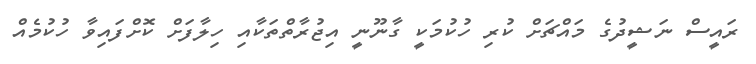
ރައީސް ނަޝީދުގެ މައްޗަށް ކުރި ހުކުމަކީ ގާނޫނީ އިޖުރާތްތަކާއި ހިލާފަށް ކޮށްފައިވާ ހުކުމެއް